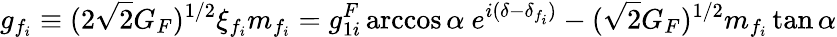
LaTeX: g_{f_{i}}\equiv(2\sqrt{2}G_{F})^{1/2}\xi_{f_{i}}m_{f_{i}}=g_{1i}^{F}\operatorname{arccos}\alpha\ e^{i(\delta-\delta_{f_{i}})}-(\sqrt{2}G_{F})^{1/2}m_{f_{i}}\tan\alpha